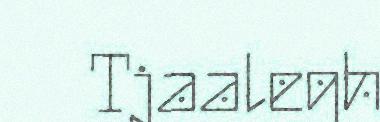
Tjaalegh